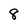
Character: 8